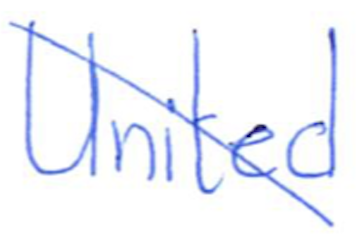
Text: United
Cross-out: mix
Writing tool: ballpoint